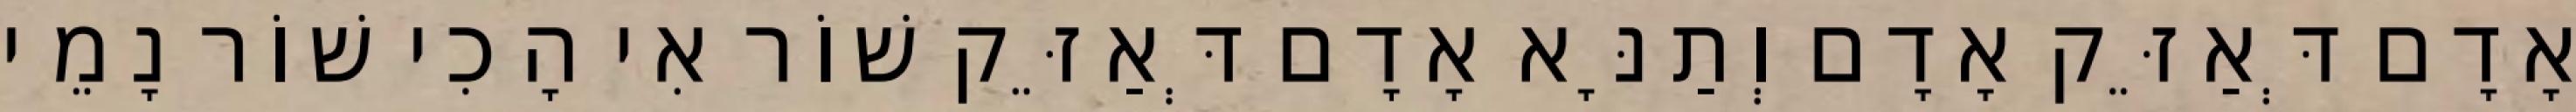
אָדָם דְּאַזֵּק אָדָם וְתַנָּא אָדָם דְּאַזֵּק שׁוֹר אִי הָכִי שׁוֹר נָמֵי